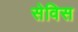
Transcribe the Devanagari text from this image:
सेविस